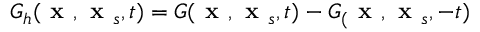
G _ { h } ( \textbf { x } , \textbf { x } _ { s } , t ) = G ( \textbf { x } , \textbf { x } _ { s } , t ) - G _ { ( } \textbf { x } , \textbf { x } _ { s } , - t )